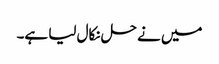
میں نے حل نکال لیا ہے۔